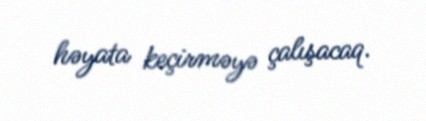
həyata keçirməyə çalışacaq.